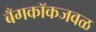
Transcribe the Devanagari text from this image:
बँगकॉकजवळ